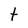
Character: t